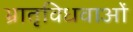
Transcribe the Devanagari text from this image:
भ्रातृविधवाओं